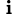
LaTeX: ^{\, \mathbf{i}}